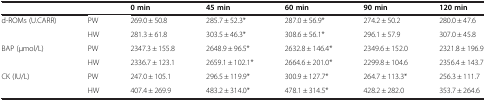
|  |  | 0 min | 45 min | 60 min | 90 min | 120 min |
 | --- | --- | --- | --- | --- | --- | --- |
 | <ROWSPAN=2> d-ROMs (U.CARR) | PW | 269.0 ± 50.8 | 285.7 ± 52.3* | 287.0 ± 56.9* | 274.2 ± 50.2 | 280.0 ± 47.6 |
 | HW | 281.3 ± 61.8 | 303.5 ± 46.3* | 308.6 ± 56.1* | 296.1 ± 57.9 | 307.0 ± 45.8 |
 | <ROWSPAN=2> BAP (μmol/L) | PW | 2347.3 ± 155.8 | 2648.9 ± 96.5* | 2632.8 ± 146.4* | 2349.6 ± 152.0 | 2321.8 ± 196.9 |
 | HW | 2336.7 ± 123.1 | 2659.1 ± 102.1* | 2664.6 ± 201.0* | 2299.8 ± 104.6 | 2356.4 ± 143.7 |
 | <ROWSPAN=2> CK (IU/L) | PW | 247.0 ± 105.1 | 296.5 ± 119.9* | 300.9 ± 127.7* | 264.7 ± 113.3* | 256.3 ± 111.7 |
 | HW | 407.4 ± 269.9 | 483.2 ± 314.0* | 478.1 ± 314.5* | 428.2 ± 282.0 | 353.7 ± 264.6 |